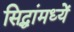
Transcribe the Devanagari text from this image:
सिद्धांमध्यें